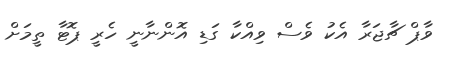
ވާޕް ޗާޖަރާ އެކު ވެސް ވިއްކާ ގަޑި އޮންނާނީ ހެރީ ޕޮޓާ ތީމަށް